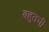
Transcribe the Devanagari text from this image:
बहुतची